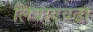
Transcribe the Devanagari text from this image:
लिंबाएवढा